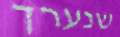
שנערך